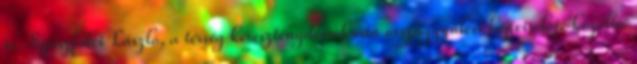
is. Szászfalvi László, a térség kereszténydemokrata országgyűlési képviselője közölte: